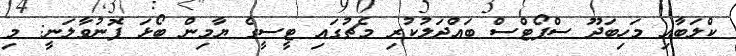
ކްލަބާއި މަހިބަދޫ ސްޕޯޓްސް ބައްދަލުކުރި މެޗުގައި ޓީސީގެ ޔާމިން ބޯޅަ ފޮނުވާލަނީ: މި